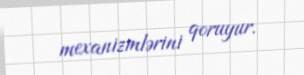
mexanizmlərini qoruyur.